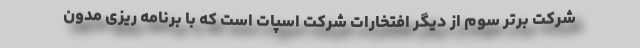
شرکت برتر سوم از دیگر افتخارات شرکت اسپات است که با برنامه ریزی مدون